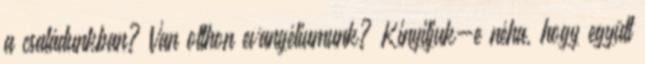
a családunkban? Van otthon evangéliumunk? Kinyitjuk-e néha, hogy együtt